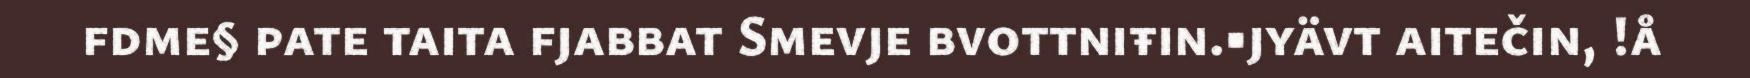
fdme§ pate taita fjabbat Smevje bvottniŧin.■jyävt aitečin, !å